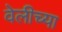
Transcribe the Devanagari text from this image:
वेलीच्या